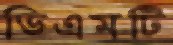
ডিএমটি